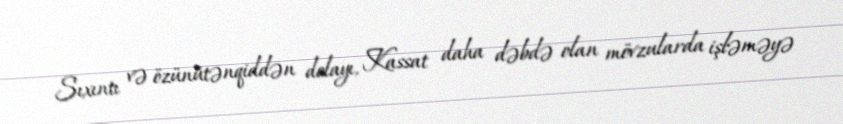
Sıxıntı və özünütənqiddən dolayı, Kassat daha dəbdə olan mövzularda işləməyə